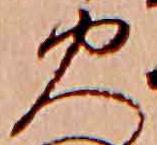
火